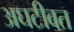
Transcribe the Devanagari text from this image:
अघटीवत